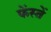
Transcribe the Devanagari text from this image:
फेंस्तें